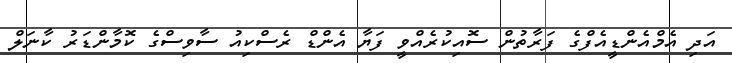
އަދި އެމްއެންޑީއެފްގެ ފަރާތުން ސޮއިކުރެއްވީ ފަޔާ އެންޑް ރެސްކިއު ސާވިސްގެ ކޮމާންޑަރު ކާނަލް